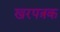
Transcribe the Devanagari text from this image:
खरपत्रक